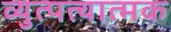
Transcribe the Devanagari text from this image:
व्युत्पत्यात्मक